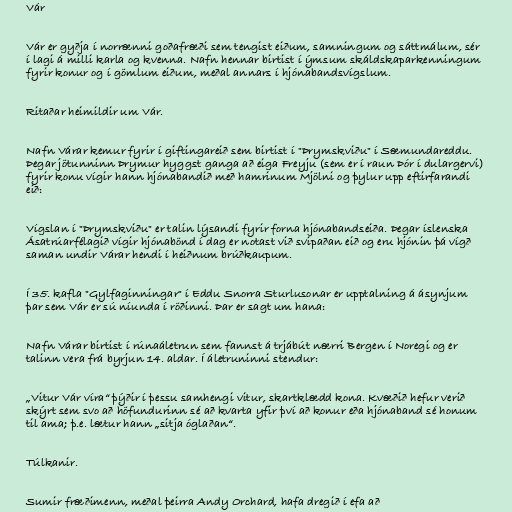
Vár

Vár er gyðja í norrænni goðafræði sem tengist eiðum, samningum og sáttmálum, sér
í lagi á milli karla og kvenna. Nafn hennar birtist í ýmsum skáldskaparkenningum
fyrir konur og í gömlum eiðum, meðal annars í hjónabandsvígslum.

Ritaðar heimildir um Vár.

Nafn Várar kemur fyrir í giftingareið sem birtist í "Þrymskviðu" í Sæmundareddu.
Þegar jötunninn Þrymur hyggst ganga að eiga Freyju (sem er í raun Þór í dulargervi)
fyrir konu vígir hann hjónabandið með hamrinum Mjölni og þylur upp eftirfarandi
eið:

Vígslan í "Þrymskviðu" er talin lýsandi fyrir forna hjónabandseiða. Þegar íslenska
Ásatrúarfélagið vígir hjónabönd í dag er notast við svipaðan eið og eru hjónin þá vígð
saman undir Várar hendi í heiðnum brúðkaupum.

Í 35. kafla "Gylfaginningar" í Eddu Snorra Sturlusonar er upptalning á ásynjum
þar sem Vár er sú níunda í röðinni. Þar er sagt um hana:

Nafn Várar birtist í rúnaáletrun sem fannst á trjábút nærri Bergen í Noregi og er
talinn vera frá byrjun 14. aldar. Í áletruninni stendur:

„Vitur Vár víra“ þýðir í þessu samhengi vitur, skartklædd kona. Kvæðið hefur verið
skýrt sem svo að höfundurinn sé að kvarta yfir því að konur eða hjónaband sé honum
til ama; þ.e. lætur hann „sitja óglaðan“.

Túlkanir.

Sumir fræðimenn, meðal þeirra Andy Orchard, hafa dregið í efa að